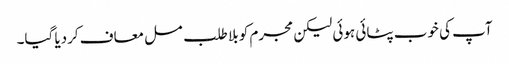
آپ کی خوب پٹائی ہوئی لیکن مجرم کو بلا طلب مسل معاف کردیا گیا۔